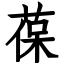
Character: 葆